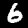
Label: 6